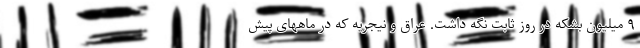
۹ میلیون بشکه در روز ثابت نگه داشت. عراق و نیجریه که در ماههای پیش